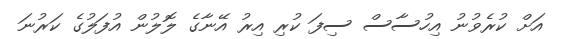
އަށް ކުރެވުނު އިހުސާސް ސިފަ ކުރި އިރު އޭނާގެ ލޮލުން އުފަލުގެ ކަރުނަ